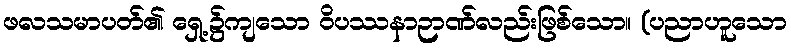
ဖလသမာပတ်၏ ရှေ့၌ကျသော ဝိပဿနာဉာဏ်လည်းဖြစ်သော။ (ပညာဟူသော